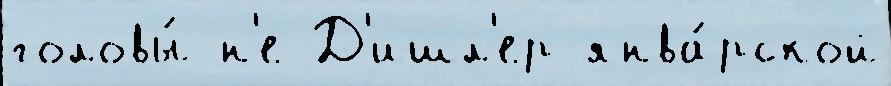
головы́ н'е Д'ишл'ер янва́рской